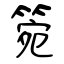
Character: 箢